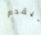
ليقدم